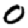
Digit: 0